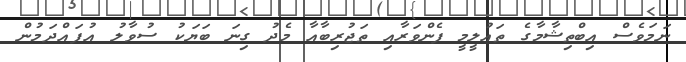
ނަމަވެސް އިބްތިޝާމާގެ ތައުލީމީ ފެންވަރާއި ތަޖުރިބާއާ މެދު ގިނަ ބަޔަކު ސުވާލު އުފައްދަމުން